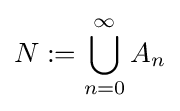
N:=\bigcup _{n=0}^{\infty }A_{n}